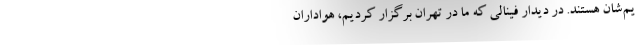
یم‌شان هستند. در دیدار فینالی که ما در تهران برگزار کردیم، هواداران